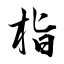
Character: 栺